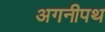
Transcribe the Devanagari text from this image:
अगनीपथ